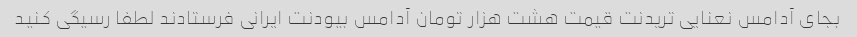
بجای آدامس نعنایی تریدنت قیمت هشت هزار تومان آدامس بیودنت ایرانی فرستادند لطفا رسیگی کنید